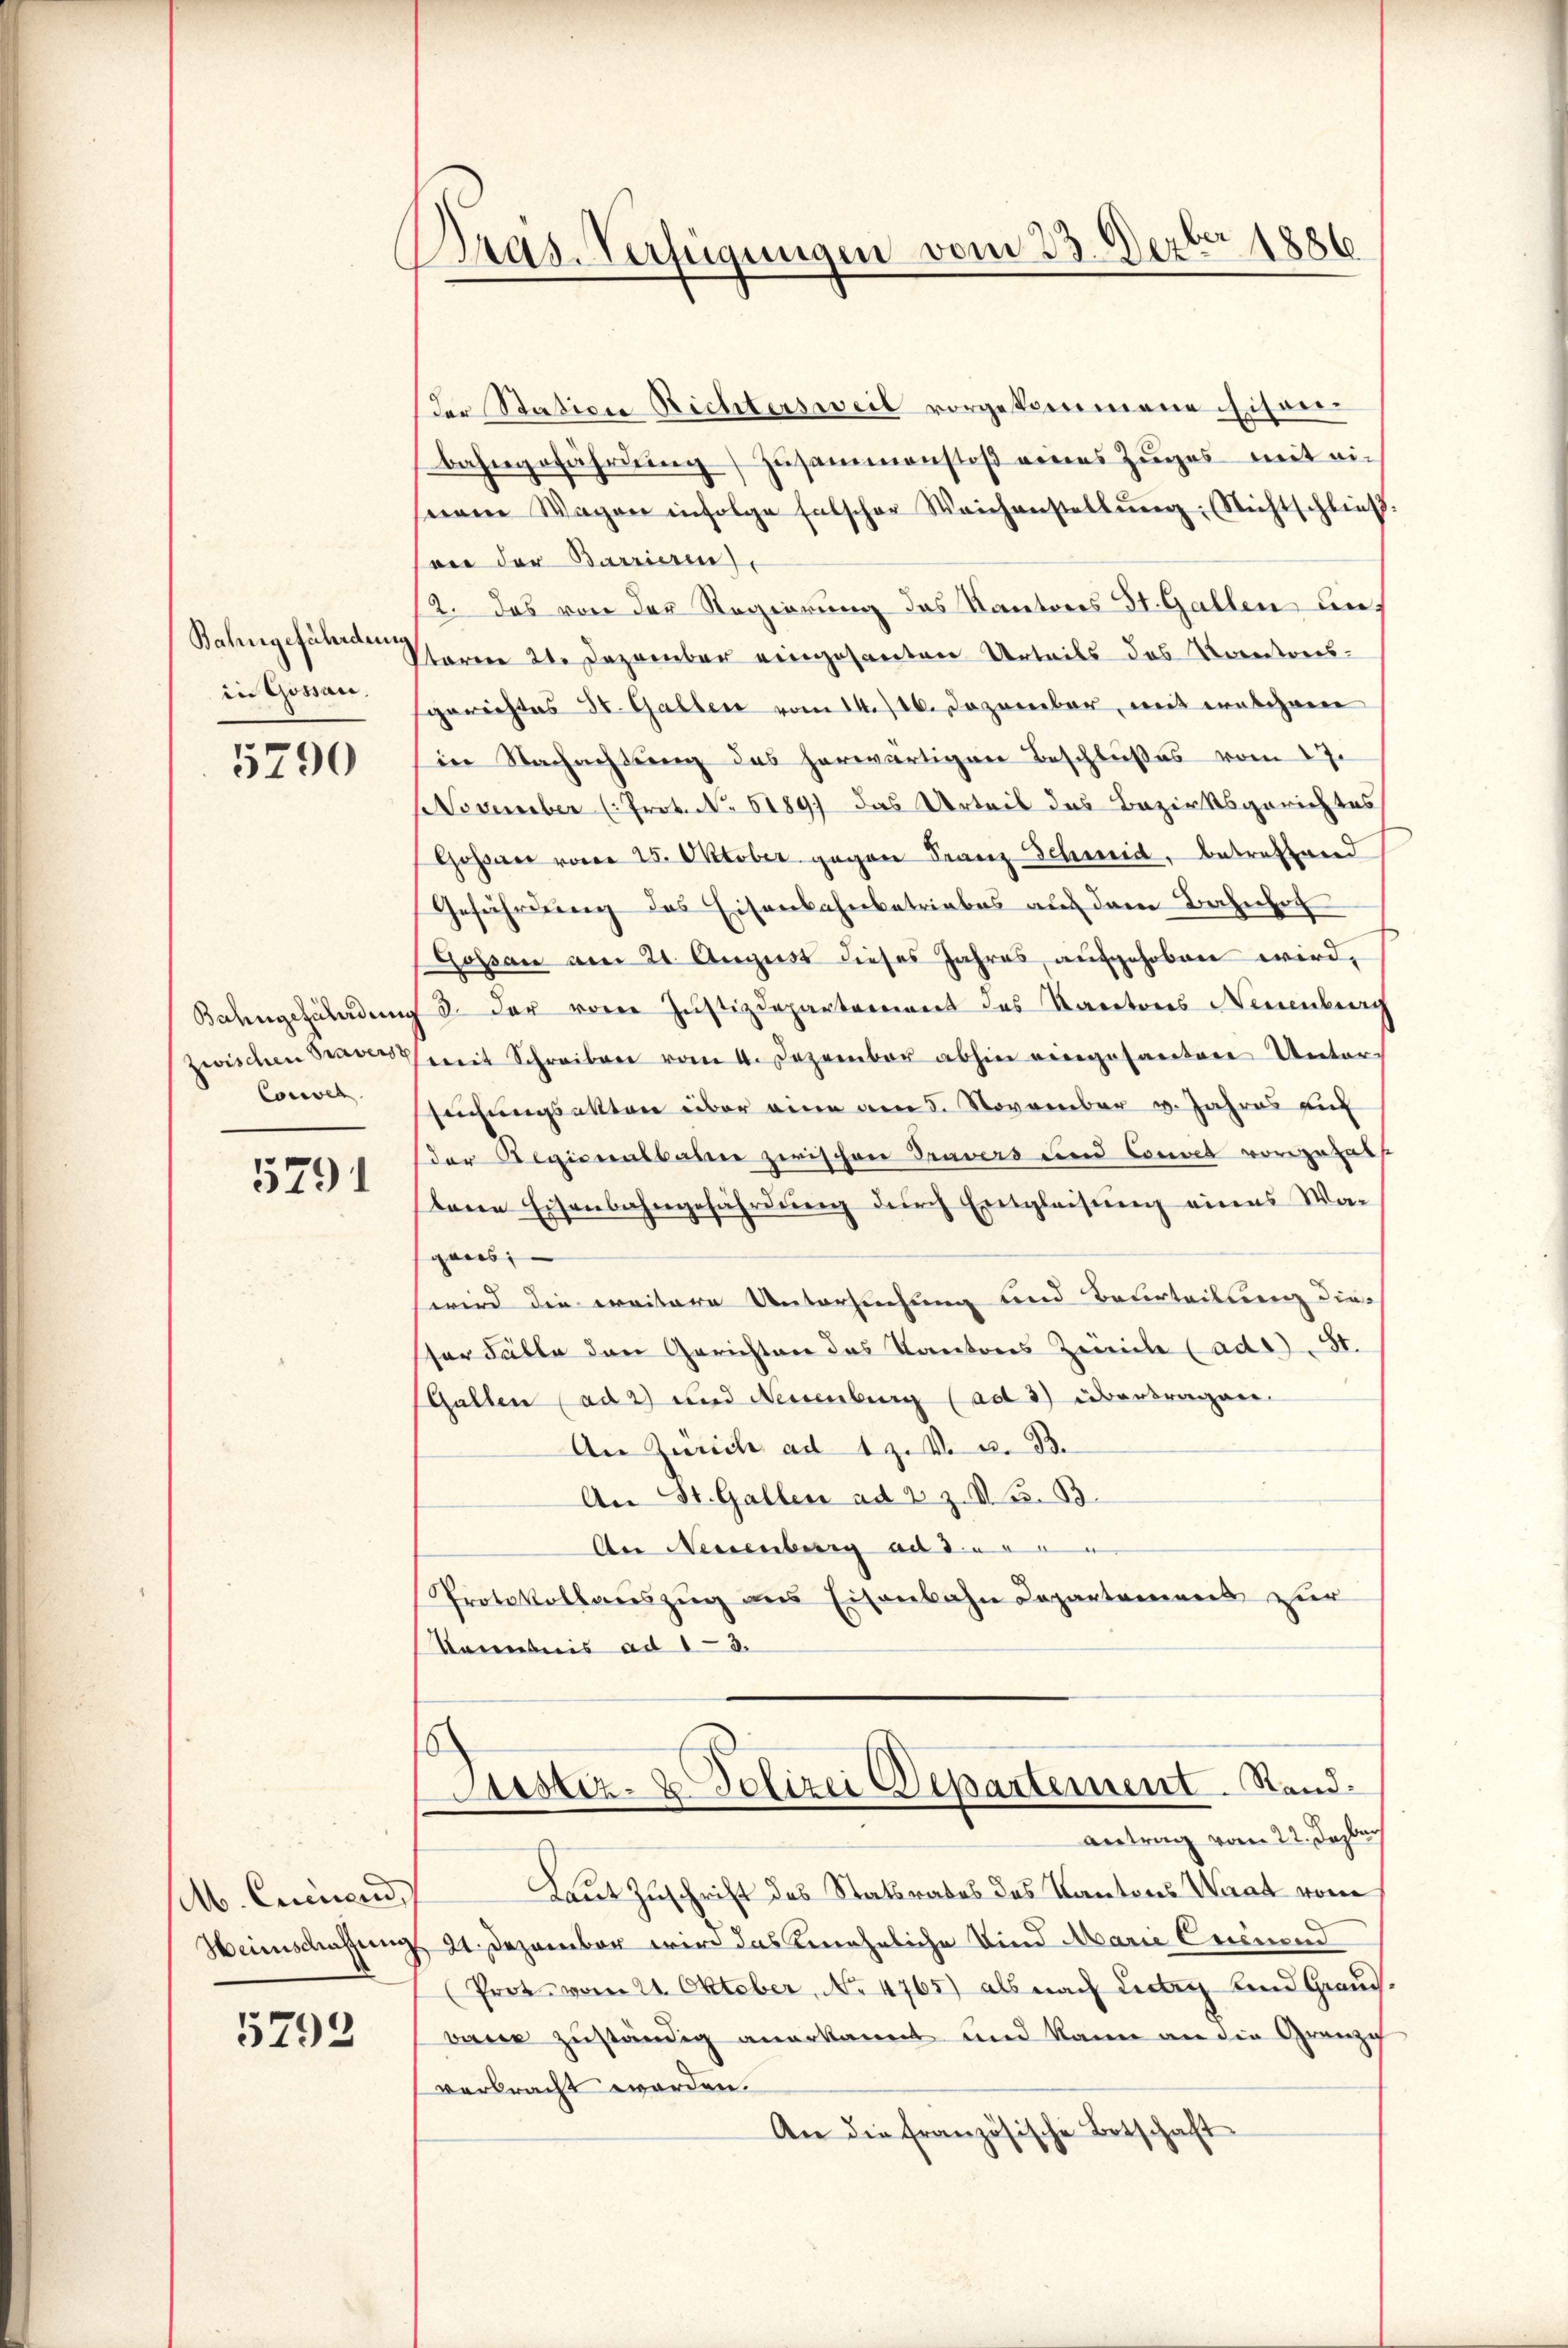
Bahngefährdung
in Gossau,

5790

Bahngefährdung
zwischen Bravers
Corver

5791

Ab. Curinen,
Heinschaffung

5792

Dras-Verfügungen vom 23. Dezbr 1886

der Station Richtersweil vorgekommene Eisen-
bahngeführŭng Zŭsammenstoβ eines Zuges mit ei-
nem Wagen infolge Entscher Weichenstellŭng Nichtschlieβ
ver der Barrieren)
2. Das von der Regierung des Kantons St. Gallen auf
staren 21. Dezember eingesanten Urteils das Korectoris-
gerichtes St. Gallen vom 14. 716. Dezember, mit einschnen
in Nachachtung das herwärtigen Beschlußes vom 17.
November (Prok. N. 5189) das Urteil des Bezirksgerichtes
Goßner von 25. Oktober gegen Franz Schmid, betreffend
Gefährdung des Eisenbahnbetriebes auf dem Bahnhof
Gossau am 21. August dieses Jahres aufgehoben wird,
3. Der von Justizdepartement des Kantons Neuenburg
(mit Schreiben vom 4. Dezember abhin eingesanten Unter-
seichungsakten über eine am 5. November v. Jahres auf
der Regionalbahn zwischen Travers und Convel vorgehalt
bene Eisenbahngefährdŭng dŭrch Entgleisŭng eines War
gans,
wird die weitere Untersuchung und Beurteilung die
ser Fälle den Gerichten das Kantons Zürich (ad St.
Gallen (ad 2) und Neuenburg (ad 3) übertragen.
An Zürich ad 19. v. a. B.
An St. Gallen ad 2 Z. V. B.
An Neuenburg ad 3.
Protokollaŭszŭg ans Eisenbahn Departamens zur
Kenntnis ad 13.

Justiz- & Polizei Departement. Standantrag vom 22. Jaber

Laut Zuschrift des Statsrates des Kantons Waat vom
21. Dezember wird das eineheliche Kind Marie Erinend
(Prot vom 21. Oktober, No 4765) als nach Lieben und Grauch,
bauer zuständig anerkannt und kann an die Granzi
verbracht worden.
An die französische Botschaft